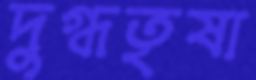
দুগ্ধতৃষা